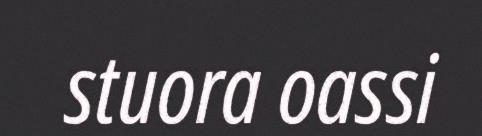
stuora oassi